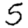
Digit: 5